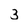
Character: 3